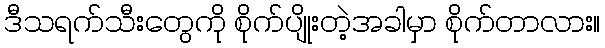
ဒီသရက်သီးတွေကို စိုက်ပျိုးတဲ့အခါမှာ စိုက်တာလား။